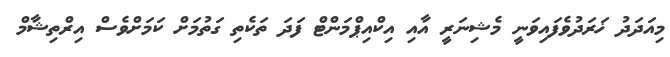
މިއަދަދު ޚަރަދުވެފައިވަނީ މެޝިނަރީ އާއި އިކްއިޕްމަންޓް ފަދަ ތަކެތި ގަތުމަށް ކަމަށްވެސް އިރްތިޝާމް